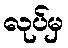
လုပ်မှ